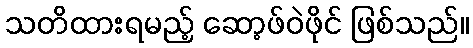
သတိထားရမည့် ဆော့ဖ်ဝဲဖိုင် ဖြစ်သည်။